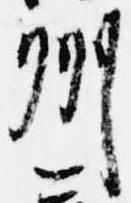
州